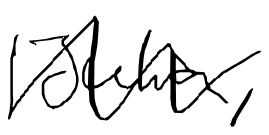
Text: Julia,
Cross-out: zig-zag
Writing tool: digital_black